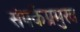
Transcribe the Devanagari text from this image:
संपर्कप्रमुख